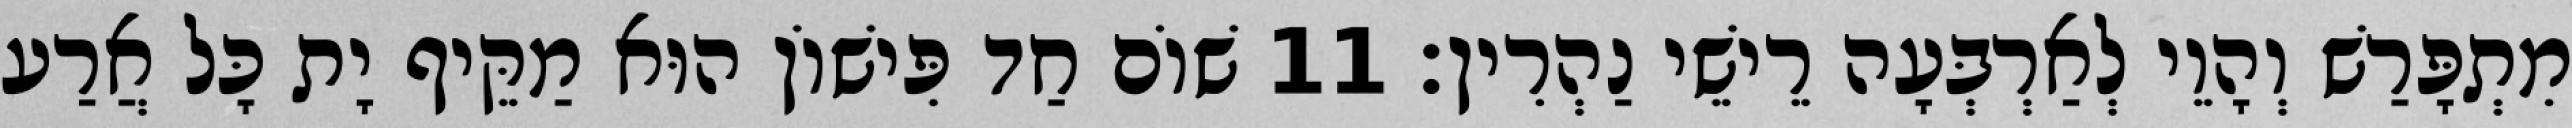
מִתְפָּרַשׁ וְהָוֵי לְאַרְבְּעָה רֵישֵׁי נַהְרִין׃ 11 שׁוֹם חַד פִּישׁוֹן הוּא מַקֵּיף יָת כָּל אֲרַע